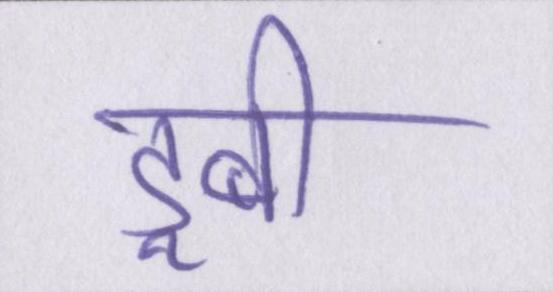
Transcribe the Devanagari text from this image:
डूबी